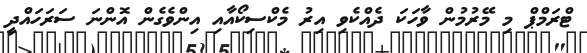
ޓްރަމްޕް މި މޭރުމުން ވާހަކަ ދެއްކެވި އިރު މެކްސިކޯއާއި އިންވެގެން އޮންނަ ސަރަހައްދީ